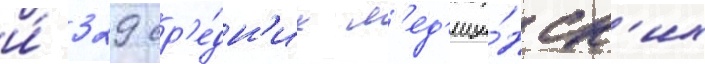
и́ 329 ср'е́дн'их м'ед'ици́нск'их